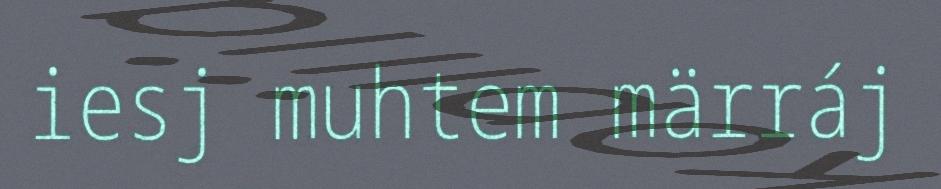
iesj muhtem märráj